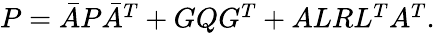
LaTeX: \begin{array}{r}{P=\bar{A}P\bar{A}^{T}+GQG^{T}+ALRL^{T}A^{T}.}\end{array}